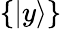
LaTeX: \{ |y\rangle\}